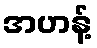
အဟန့်